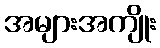
အများအကျိုး